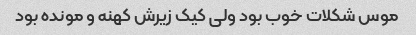
موس شکلات خوب بود ولی کیک زیرش کهنه و مونده بود